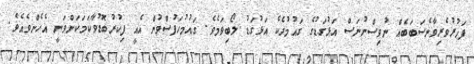
ފަޚުރުވެރިވާނެސަބަބެއް ނުވިސްނުނަސް އަޅުގަޑުގެ ގައުމުދެކެ އަޅުގަޑު ލޯބިވަމެވެ. ގައުމުހަފުސްވުން އެއީ ފިކުރުބޮޑުވާކަމަކަށްވަނީ އެހެންވެއެވެ.